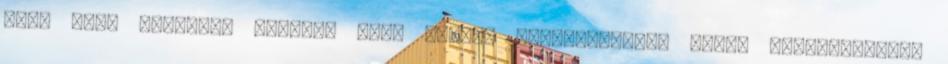
több száz milliárd közpénz megy néhány kormányközeli ember magánzsebébe,